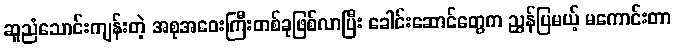
ဆူညံသောင်းကျန်းတဲ့ အစုအဝေးကြီးတစ်ခုဖြစ်လာပြီး ခေါင်းဆောင်တွေက ညွှန်ပြမယ့် မကောင်းတာ